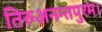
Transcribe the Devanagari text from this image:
तिरुअनन्तपुरम।